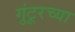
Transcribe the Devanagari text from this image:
गुंटूरच्या